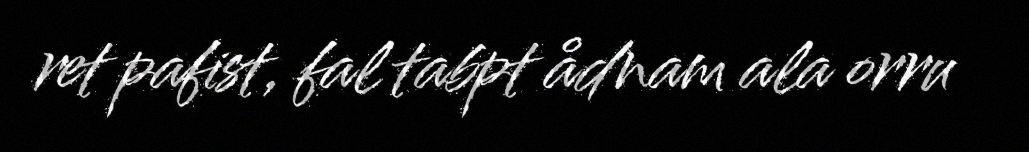
ret pafist, fal tabpt ådnam ala orru